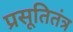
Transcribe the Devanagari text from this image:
प्रसूतितंत्र